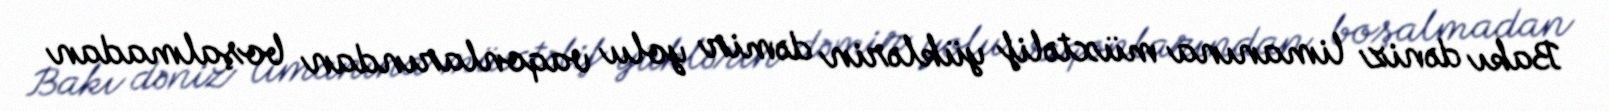
Bakı dəniz limanına müxtəlif yüklərin dəmir yolu vaqonlarından boşalmadan